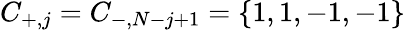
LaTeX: C_{+,j}=C_{-,N-j+1}=\{ 1,1,-1,-1\}